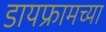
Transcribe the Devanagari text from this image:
डायफ्रामच्या